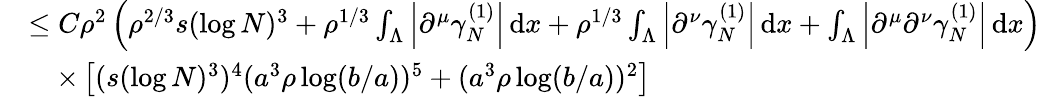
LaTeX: \begin{array}{rl}&{\leq C\rho^{2}\left(\rho^{2/3}s(\log N)^{3}+\rho^{1/3}\int_{\Lambda}\left\vert\partial^{\mu}\gamma_{N}^{(1)}\right\vert\, \textnormal{d}x+\rho^{1/3}\int_{\Lambda}\left\vert\partial^{\nu}\gamma_{N}^{(1)}\right\vert\, \textnormal{d}x+\int_{\Lambda}\left\vert\partial^{\mu}\partial^{\nu}\gamma_{N}^{(1)}\right\vert\, \textnormal{d}x\right)}\\ &{\quad\times\left[(s(\log N)^{3})^{4}(a^{3}\rho\log(b/a))^{5}+(a^{3}\rho\log(b/a))^{2}\right]}\end{array}